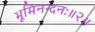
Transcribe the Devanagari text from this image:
भूमिनन्दनः॥२॥